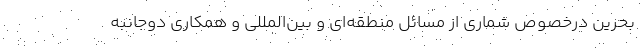
بحرین درخصوص شماری از مسائل منطقه‌ای و بین‌المللی و همکاری دوجانبه